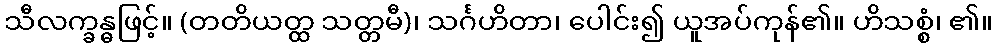
သီလက္ခန္ဓဖြင့်။ (တတိယတ္ထ သတ္တမီ)၊ သင်္ဂဟိတာ၊ ပေါင်း၍ ယူအပ်ကုန်၏။ ဟိသစ္စံ၊ ၏။